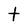
Character: t